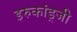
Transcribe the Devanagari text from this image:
इरुकांड्जी